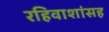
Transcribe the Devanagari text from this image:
रहिवाशांसह